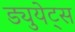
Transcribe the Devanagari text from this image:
ड्युयेट्स